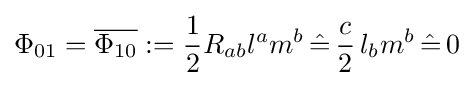
\Phi _{01}={\overline {\Phi _{10}}}:={\frac {1}{2}}R_{ab}l^{a}m^{b}\,{\hat {=}}\,{\frac {c}{2}}\,l_{b}m^{b}\,{\hat {=}}\,0